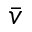
\bar { v }